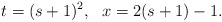
\begin{align*}t=(s+1)^2, ~~ x=2(s+1)-1. \end{align*}